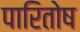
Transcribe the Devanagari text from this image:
पारितोष